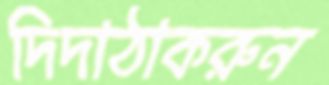
দিদাঠাকরুন